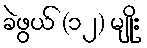
ခဲဖွယ် (၁၂) မျိုး